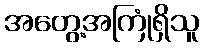
အတွေ့အကြုံရှိသူ